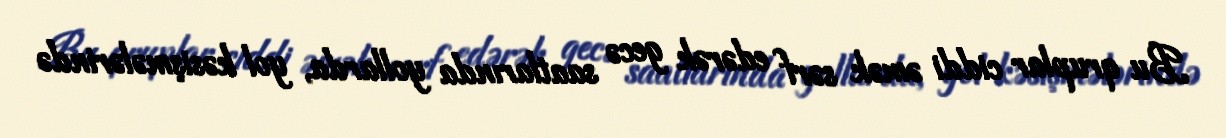
Bu qruplar ciddi əmək sərf edərək gecə saatlarında yollarda, yol kəsişmələrində